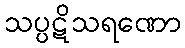
သပ္ပဋိသရဏော